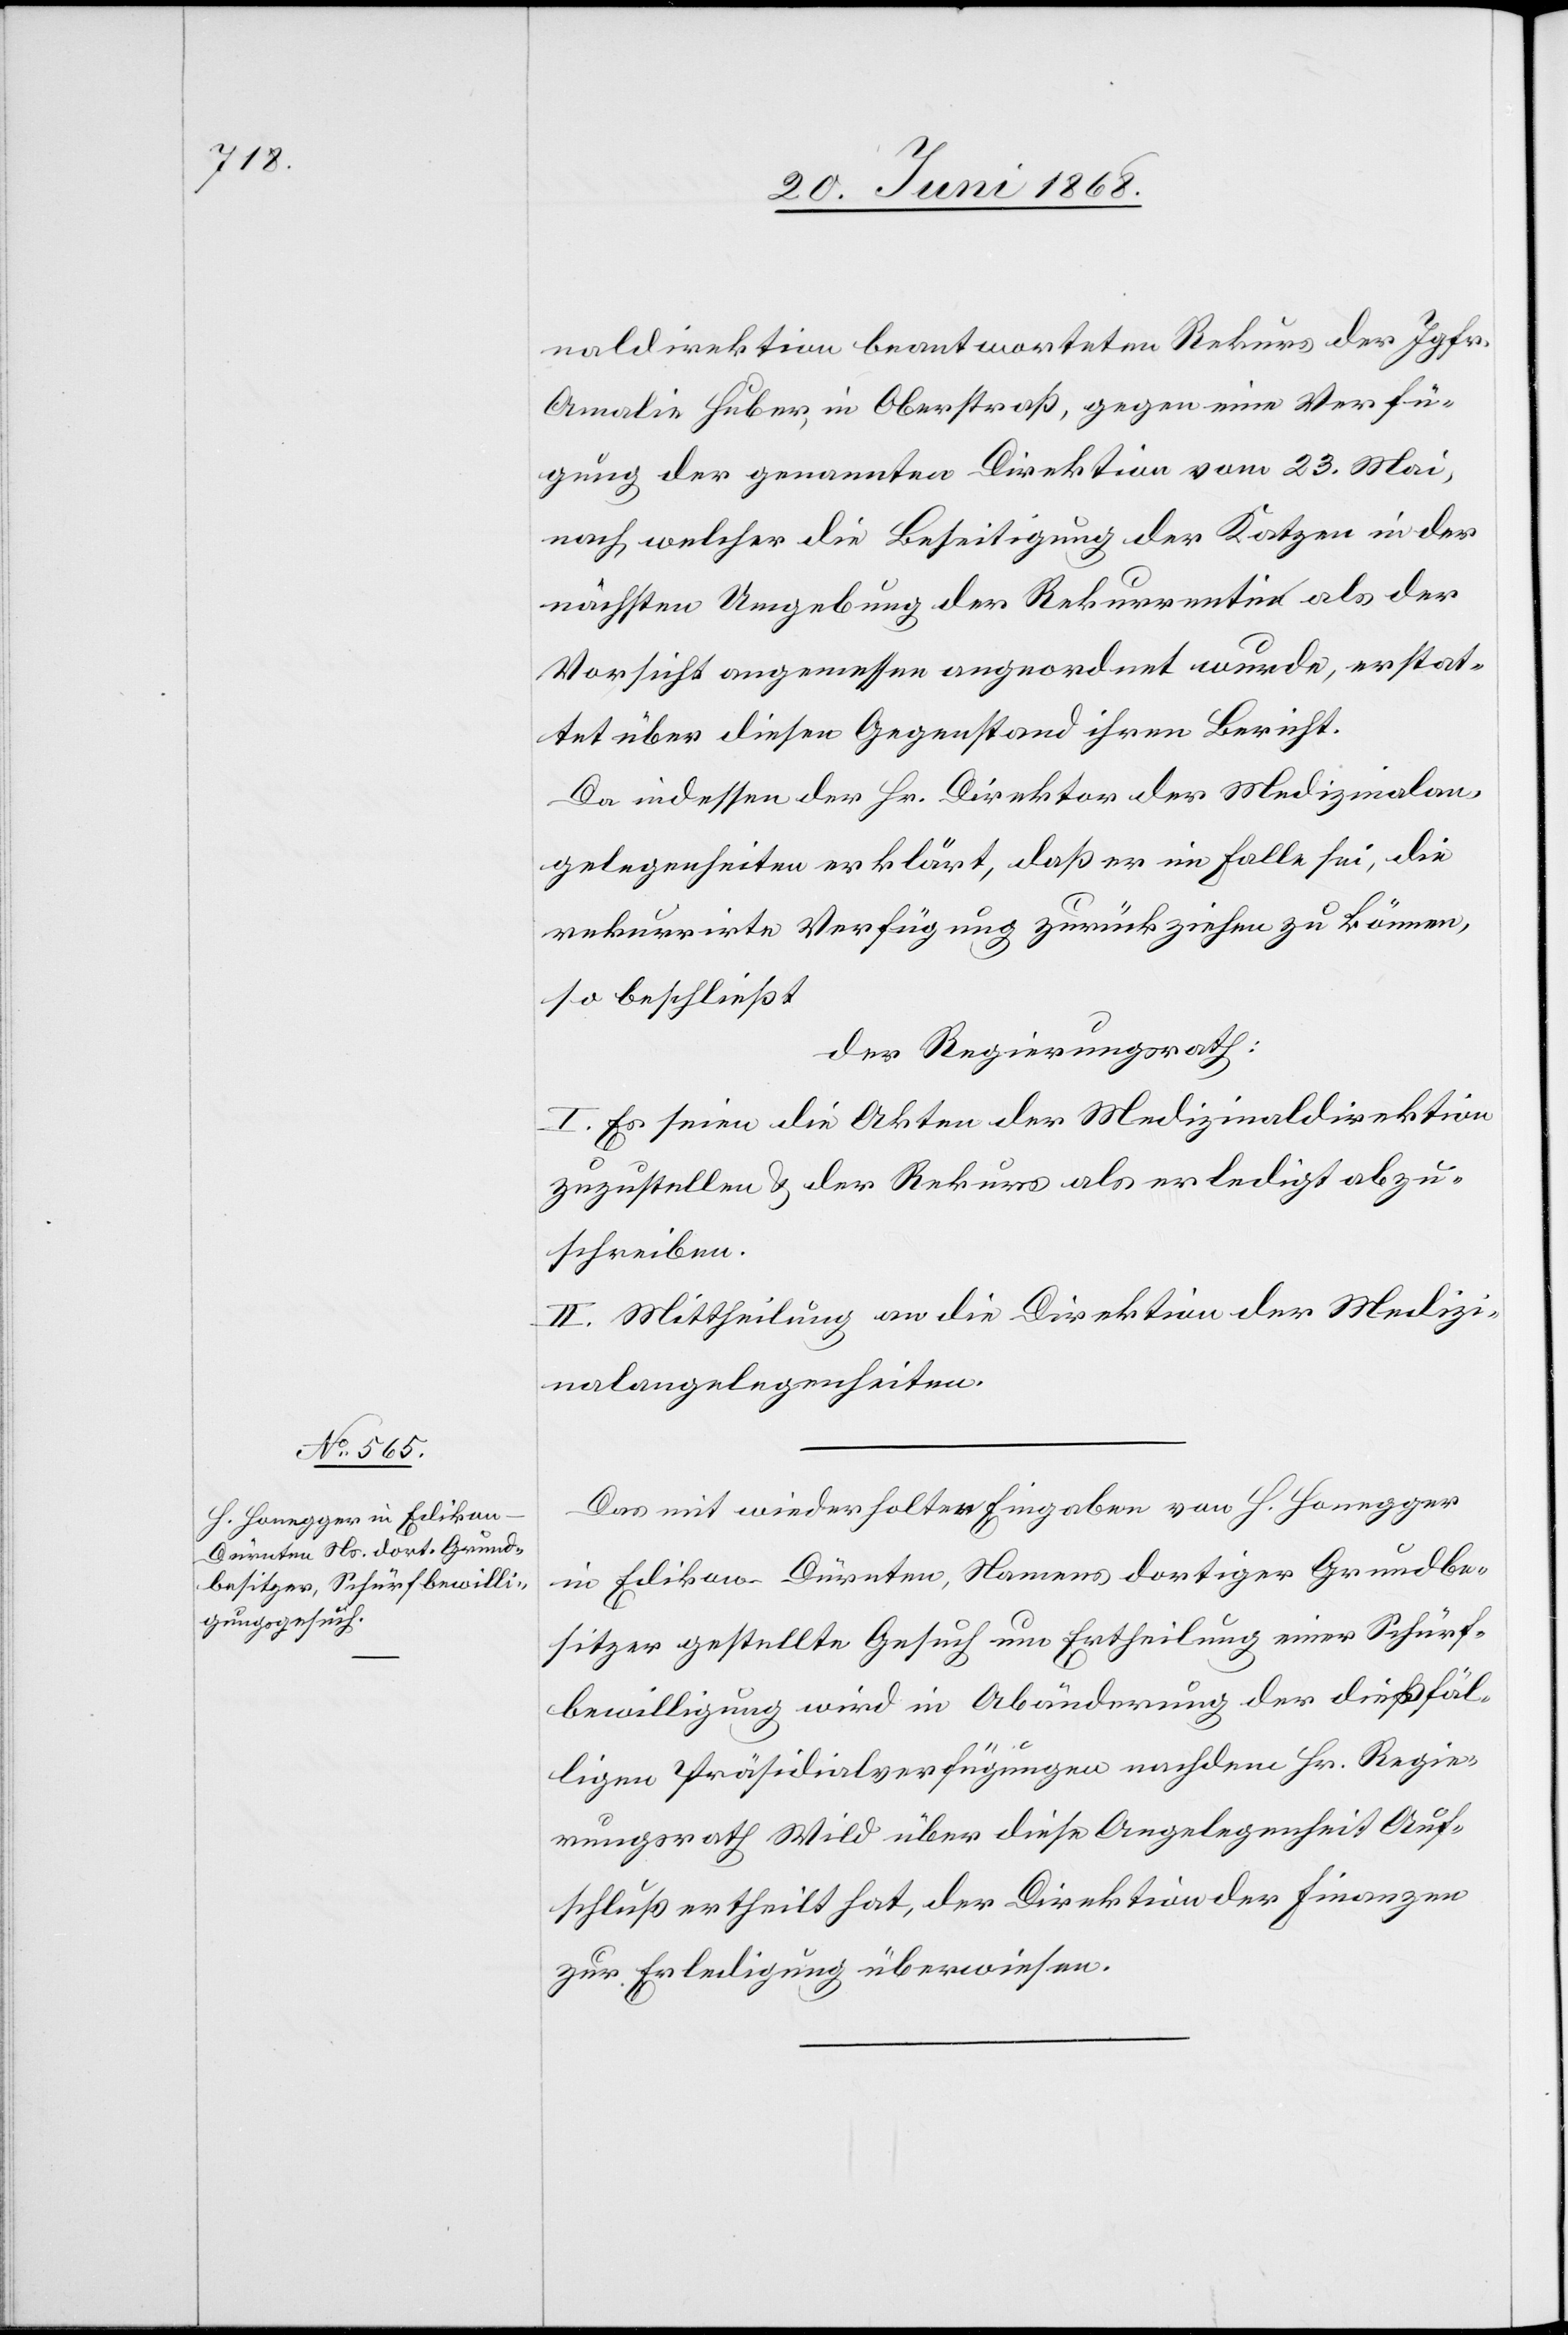
naldirektion beantworteten Rekurs der Jgfr.
Amalie Huber, in Oberstraß, gegen eine Verfü¬
gung der genannten Direktion vom 23. Mai,
nach welcher die Beseitigung der Katzen in der
nächsten Umgebung der Rekurrentin als der
Vorsicht angemessen angeordnet wurde, erstat¬
tet über diesen Gegenstand ihren Bericht.
Da indessen der Hr. Direktor der Medizinalan¬
gelegenheiten erklärt, daß er im Falle sei, die
rekurrirte Verfügung zurückziehen zu können,
so beschließt
der Regierungsrath:
I. Es seien die Akten der Medizinaldirektion
zuzustellen & der Rekurs als erledigt abzu¬
schreiben.
II. Mittheilung an die Direktion der Medizi¬
nalangelegenheiten.
Das mit wiederholten Eingaben von H. Honegger
in Edikon-Dürnten, Namens dortiger Grundbe¬
sitzer gestellte Gesuch um Ertheilung einer Schürf¬
bewilligung wird in Abänderung der diesfäl¬
ligen Präsidialverfügungen nachdem Hr. Regie¬
rungsrath Wild über diese Angelegenheit Auf¬
schluß ertheilt hat, der Direktion der Finanzen
zur Erledigung überwiesen.